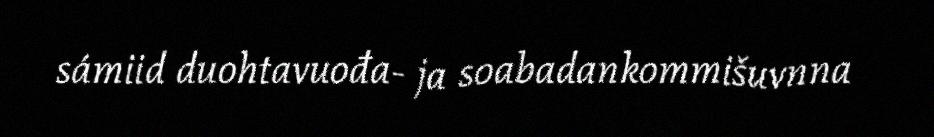
sámiid duohtavuođa- ja soabadankommišuvnna